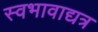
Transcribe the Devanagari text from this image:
स्वभावाद्यत्र